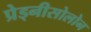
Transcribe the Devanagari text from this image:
प्रेड्नीसोलोन